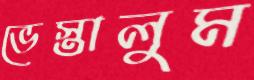
ভেস্তালুম